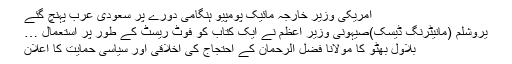
امریکی وزیر خارجہ مائیک پومپیو ہنگامی دورے پر سعودی عرب پہنچ گئے
یروشلم (مانیٹرنگ ڈیسک)صیہونی وزیر اعظم نے ایک کتاب کو فوٹ ریسٹ کے طور پر استعمال …
بلاول بھٹو کا مولانا فضل الرحمان کے احتجاج کی اخلاقی اور سیاسی حمایت کا اعلان